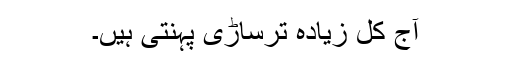
آج کل زیادہ ترساڑی پہنتی ہیں۔